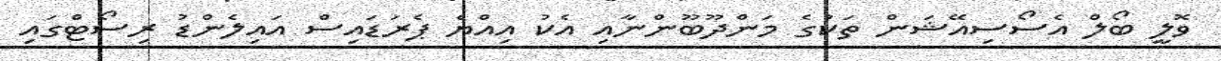
ވޮލީ ބޯލް އެސޯސިއޭޝަން ތަކުގެ މަންދޫބޫންނާއި އެކު އިއްޔެ ޕެރަޑައިސް އައިލެންޑު ރިސޯޓްގައި